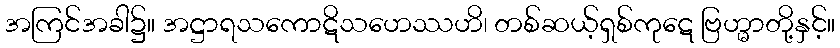
အကြင်အခါ၌။ အဋ္ဌာရသကောဋိသဟေဿဟိ၊ တစ်ဆယ့်ရှစ်ကုဋေ ဗြဟ္မာတို့နှင့်။